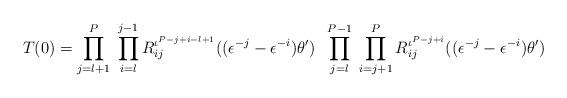
\begin{align*} T(0) = \prod_{j=l+1}^{P} \; \prod_{i=l}^{j-1} R_{ij}^{\iota^{P-j+i-l+1}}((\epsilon^{-j}-\epsilon^{-i})\theta') \;\; \prod_{j=l}^{P-1} \; \prod_{i=j+1}^{P} R_{ij}^{\iota^{P-j+i}}((\epsilon^{-j}-\epsilon^{-i})\theta')\end{align*}